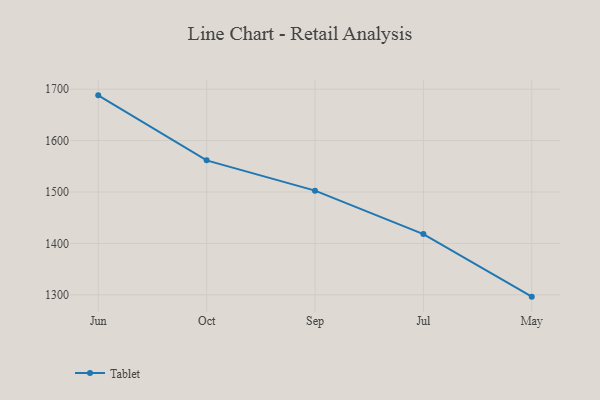
{"axis": {"x": "Month", "y": "Temperature (°C)"}, "legend": ["Tablet"], "data": [{"x": "Jun", "y": 1688.0, "type": "Tablet"}, {"x": "Oct", "y": 1561.6, "type": "Tablet"}, {"x": "Sep", "y": 1502.7, "type": "Tablet"}, {"x": "Jul", "y": 1418.2, "type": "Tablet"}, {"x": "May", "y": 1296.5, "type": "Tablet"}]}